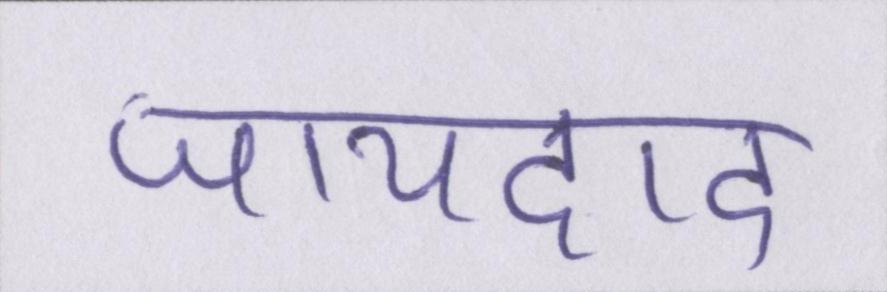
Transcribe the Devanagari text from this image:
जायदाद